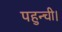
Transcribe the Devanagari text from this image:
पहुन्ची।